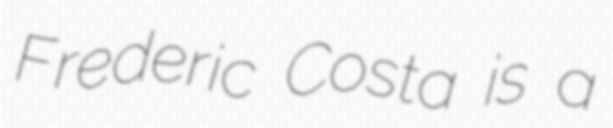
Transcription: Frederic Costa is a